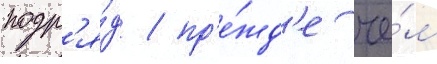
подр'я́д / пр'е́жд'е че́м